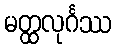
မတ္ထလုင်္ဂဿ